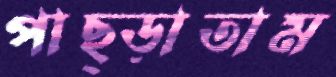
পাছ্‌ড়াতাম